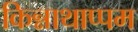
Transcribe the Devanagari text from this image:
किन्नाथाप्पम